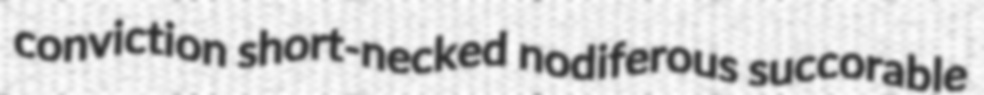
conviction short-necked nodiferous succorable